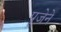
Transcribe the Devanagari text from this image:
पूजेने